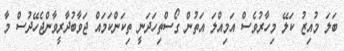
ބަލަ މުއިޒު ކަލޭ މިހާރުވެސް އަމިއްލަ އަތުން ގޯސްތިހަދަނީ ތިކަންކަމައް ޖަވާބުދާރީވާންޖެހޭދުސް މާ